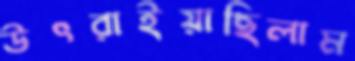
উৎরাইয়াছিলাম